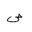
Letter: _sad